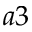
a 3